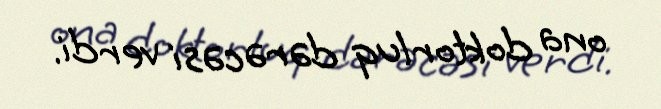
ona doktorluq dərəcəsi verdi.